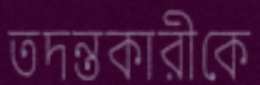
তদন্তকারীকে